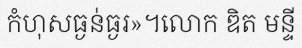
កំហុសធ្ងន់ធ្ងរ»។លោក ឌិត មន្ទី